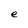
Character: e